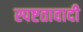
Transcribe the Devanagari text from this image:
स्पष्टतावादी